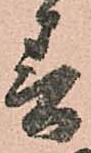
春